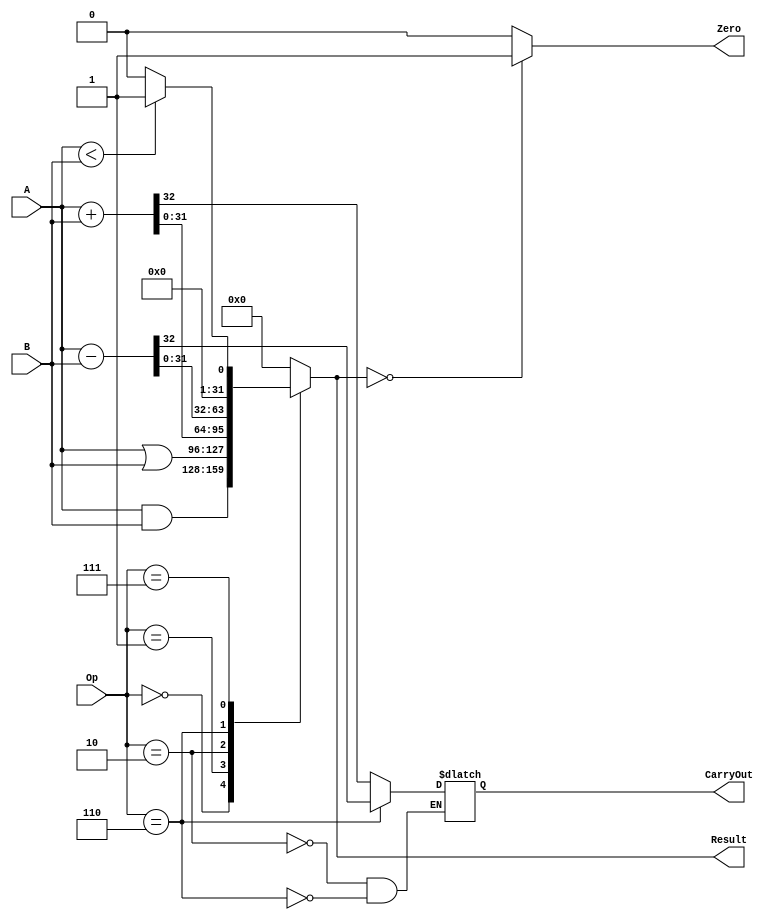
module  ALU32Bit(Zero, CarryOut, Result, A, B, Op);
  input [2:0] Op;
  input [31:0] A, B;
  output [31:0] Result;
  reg [31:0] Result;
  output CarryOut, Zero;
  reg CarryOut;
  assign Zero = (({Result} == 0)) ? 1 : 0;
  always @ (Op, A, B) begin
    case(Op)
      0:  Result <= A & B;
      1:  Result <= A | B;
      2:  {CarryOut, Result[31:0]} <= A + B;
      6:  {CarryOut, Result[31:0]} <= A - B;
      7:  Result <= A < B ? 1 : 0;
      default: Result <= 0;
    endcase
  end
endmodule

module  ALUTestBench;
  reg [2:0] Op;
  reg [31:0] A, B;
  wire  [31:0] Result;
  wire  CarryOut, Zero;
  ALU32Bit  ALU(Zero, CarryOut, Result, A, B, Op);
  initial begin
    $monitor($time, " :A = %b,\n\t B = %b,\n\t Operartion = %b,\n\t Result = %b,\n\t Carry Out = %b,\n\t Zero = %b.", A, B, Op, Result, CarryOut, Zero);
    #0  A = 32'ha5a5a5a5; B = 32'h5a5a5a5a; Op = 3'b000; //must perform AND resulting in zero
    #100  Op = 3'b001;        //OR
    #100  Op = 3'b010;        //ADD
    #100  Op = 3'b110;        //SUB
    #100  A = 32'ha5a5a5a5; B = 32'ha5a5a5a5; Op = 3'b110;    //Check for zero
    #100  B = 32'ha5a5a5a5; A = 32'h5a5a5a5a; Op = 3'b111;    //SLT
    #200  $finish;
  end
endmodule